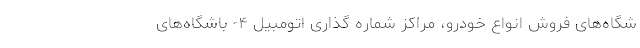
شگاه‌های فروش انواع خودرو، مراکز شماره گذاری اتومبیل ۴- باشگاه‌های